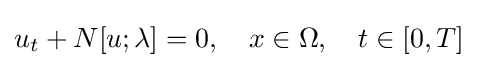
u_{t}+N[u;\lambda ]=0,\quad x\in \Omega ,\quad t\in [0,T]